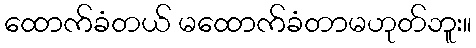
ထောက်ခံတယ် မထောက်ခံတာမဟုတ်ဘူး။